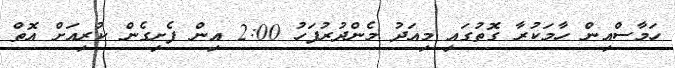
ހަމާސްއިން ހާމަކުރާ ގޮތުގައި މިއަދު މެންދުރުފަހު 2:00 އިން ފެށިގެން ކުރިއަށް އޮތް